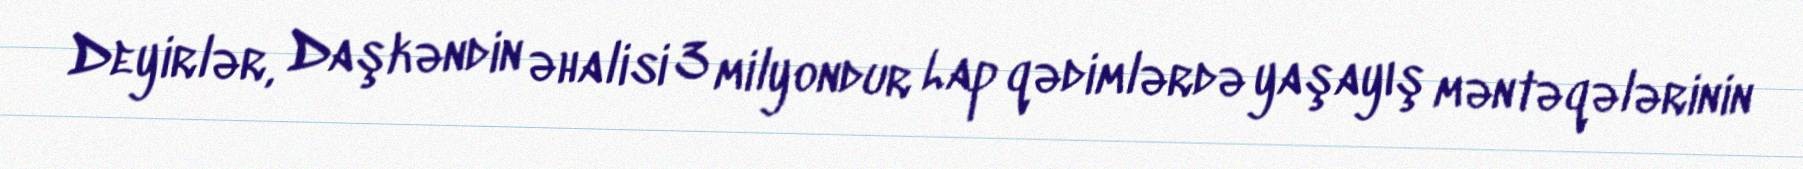
Deyirlər, Daşkəndin əhalisi 3 milyondur Lap qədimlərdə yaşayış məntəqələrinin